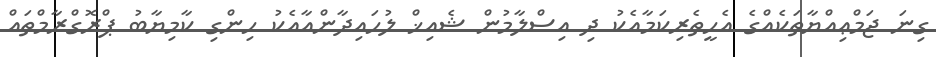
ގިނަ ޖަމްޢިއްޔާތަކެއްގެ އެހީތެރިކަމާއެކު ދި އިސްލާމުން ޝެއިޚް ލުހައިދާންއާއެކު ހިންގި ކާމިޔާބު ޕްރޮގްރާމްތައް